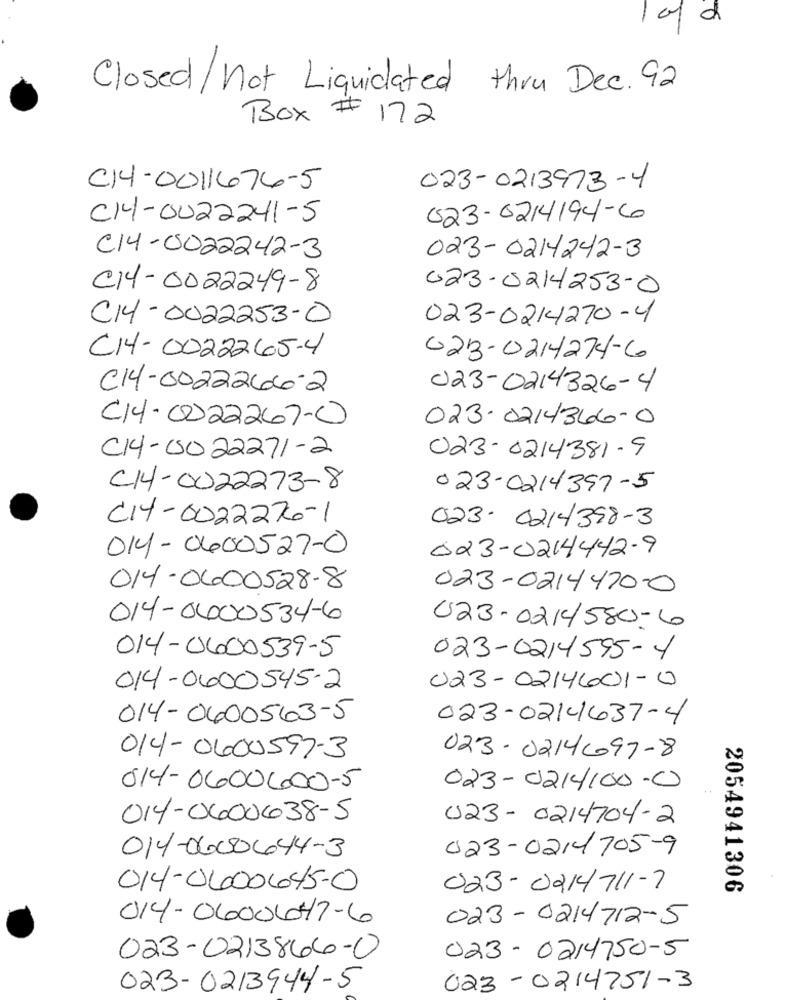
of a
Closed/ not Liquidated thru Dec. 92
Box # 172
C14-0011674-5
023-0213973-4
C14-0022241-5
023-0214194-6
C14-0022242-3
023- 0214242-3
C14-0022249-8
023-0214253-0
C14-0022253-0
023-0214270-4
C14-0022265-4
023-0214274-6
C14-00222666-2
023-0214326-4
C14-0222267-0
023.0214366-0
C14-0022271-2
023-0214381-9
C14-0022273-8
023-0214397-5
CI-0022276-1
023- 0214398-3
014-0400527-0
023-0214442-9
014-0400528-8
023-0214470-0
014-0400534-6
023-0214580-6
014-0600539-5
023-0214595-4
014-0600545-2
023-0214601-0
014-0600563-5
023-0214637-4
014-0400597-3
023 - 0214697-8
014-0600000-5
023-0214100-0
014-0600638-5
023- 0214704-2
023-0214705-9
014-0600644-3
014-0400645-0
023- 0214711-7
2054941306
014-0600647-6
023-0214712-5
023-0214750-5
023-0213866-0
023-0213944-5
023-0214751-3